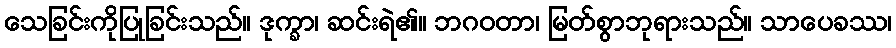
သေခြင်းကိုပြုခြင်းသည်။ ဒုက္ခာ၊ ဆင်းရဲ၏။ ဘဂဝတာ၊ မြတ်စွာဘုရားသည်။ သာပေခဿ၊